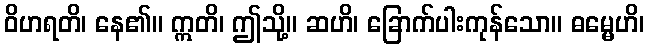
ဝိဟရတိ၊ နေ၏။ ဣတိ၊ ဤသို့။ ဆဟိ၊ ခြောက်ပါးကုန်သော။ ဓမ္မေဟိ၊